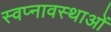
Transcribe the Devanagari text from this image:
स्वप्नावस्थाओं